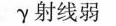
γ射线弱